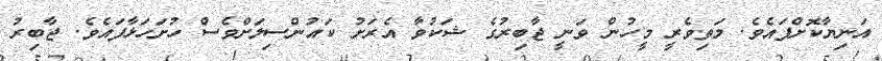
އަނިޔާކޮށްފައެވެ. މަތިވެރީ މީހުން ވަނީ ޖާބިރުގެ ޝަކުވާ އެރަށު ކައުންސިލަށްވެސް ހުށަހަޅާފައެވެ. ޖާބިރު